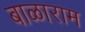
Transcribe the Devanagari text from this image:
बाळाराम